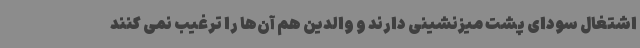
اشتغال سودای پشت میزنشینی دارند و والدین هم آن‌ها را ترغیب نمی کنند